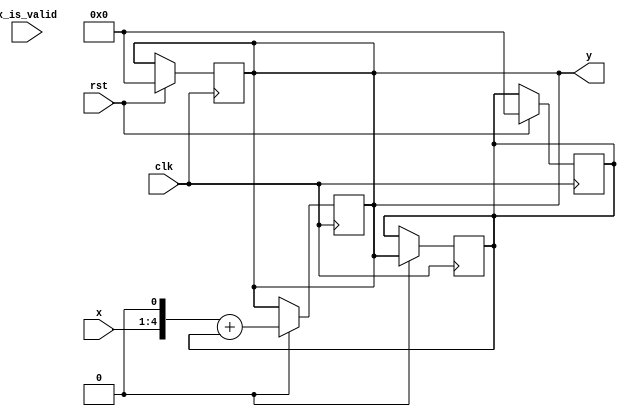
module ex_3_a (
                  input x_is_valid,
                  input [3:0] x,
		  input rst,
		  input clk,
                  output reg [5:0] y 
                  );
 
   reg [5:0] 			   y1;
   

   always @(posedge clk) begin 
	if (rst)
	begin
		y<=6'd0;
		y1<=6'd0;
	end	
   end
	
   always @(posedge clk) begin 
	if (x_load)
	  begin
	y1<=y;
	y<=(x<<1)+y1;
	end
   end

   // Em 4Q2 só precisamos de shiftar o x 1 vez pois shiftou se duas vezes = 0,25 para se obter o formato 4q2
       
endmodule